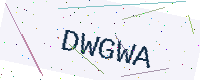
Text: DWGWA